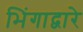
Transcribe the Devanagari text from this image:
भिंगाद्वारे